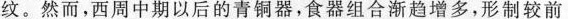
纹。然而，西周中期以后的青铜器，食器组合渐趋增多，形制较前